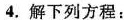
4.解下列方程：